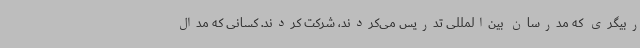
ربیگری که مدرسان بین‌المللی تدریس می‌کردند، شرکت کردند. کسانی که مدال